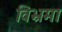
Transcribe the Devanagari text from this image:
विभ्रमा